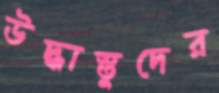
উদ্ধাস্তুদের